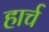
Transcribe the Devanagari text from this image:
हार्च